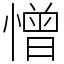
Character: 憎